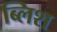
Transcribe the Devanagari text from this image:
ब्लिश